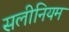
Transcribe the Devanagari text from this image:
सलीनियम